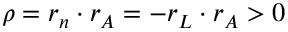
\rho = r _ { n } \cdot r _ { A } = - r _ { L } \cdot r _ { A } > 0